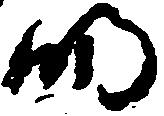
明